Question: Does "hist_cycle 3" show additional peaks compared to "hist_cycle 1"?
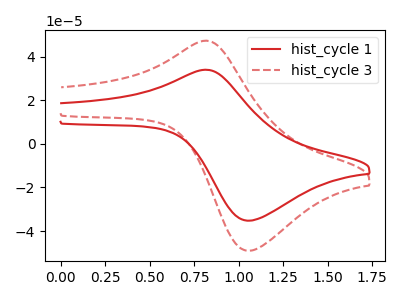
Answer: <think>The red curve "hist_cycle 1" has an anodic peak at (0.80V, 33.95uA) and a cathodic peak at (1.05V, -35.20uA). The red dashed curve "hist_cycle 3" has an anodic peak at (0.80V, 47.25uA) and a cathodic peak at (1.05V, -49.00uA).
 All the peaks in "hist_cycle 3" have a peak in "hist_cycle 1" at the same potential. Every peak in "hist_cycle 3" is higher than every peak in "hist_cycle 1".</think>
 <answer>No, "hist_cycle 3" and "hist_cycle 1" don't appear to be significantly different in shape</answer>
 <eval>no_change</eval>